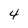
Character: 4